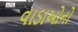
વાડાઓનો